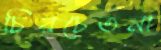
চিরচেতনা